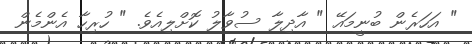
" އަހަރެން ބުނީމައޭ " އާދިލާ ސުވާލު ކޮށްލިއެވެ. " ހުރިހާ އެންމެން